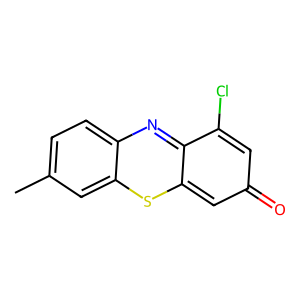
SMILES: Cc1ccc2nc3c(Cl)cc(=O)cc-3sc2c1
Inhibits HIV replication: No